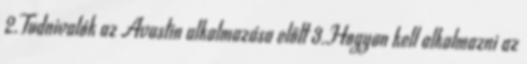
2.Tudnivalók az Avastin alkalmazása előtt 3.Hogyan kell alkalmazni az